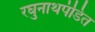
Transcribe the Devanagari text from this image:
रघुनाथपंडित